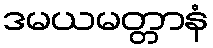
ဒမယမတ္တာနံ